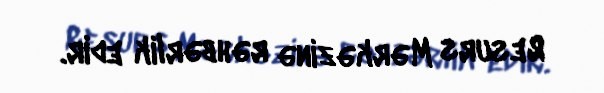
Resurs Mərkəzinə rəhbərlik edir.